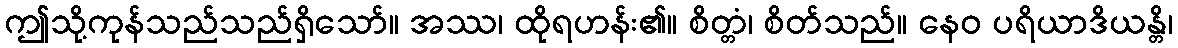
ဤသို့ကုန်သည်သည်ရှိသော်။ အဿ၊ ထိုရဟန်း၏။ စိတ္တံ၊ စိတ်သည်။ နေဝ ပရိယာဒိယန္တိ၊